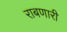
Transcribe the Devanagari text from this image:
राबणारी